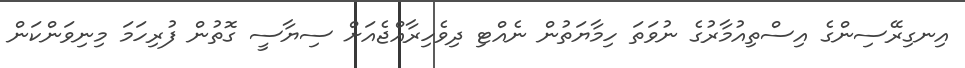
އިނގިރޭސިންގެ އިސްތިއުމާރުގެ ނުވަތަ ހިމާޔަތުން ނެއްޓި ދިވެހިރާއްޖެއަށް ސިޔާސީ ގޮތުން ފުރިހަމަ މިނިވަންކަން